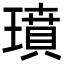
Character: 𤩳